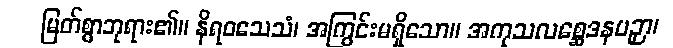
မြတ်စွာဘုရား၏။ နိရဝသေသံ၊ အကြွင်းမရှိသော။ အကုသလစ္ဆေဒနပဉှာ၊